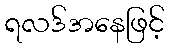
ရလဒ်အနေဖြင့်